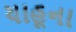
યાહૂના